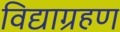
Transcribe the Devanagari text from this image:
विद्याग्रहण